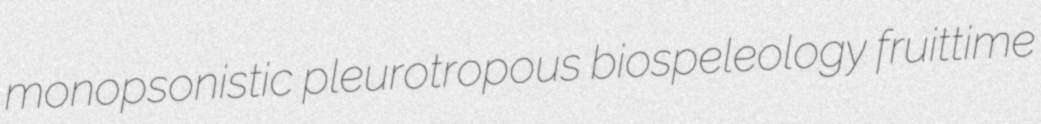
monopsonistic pleurotropous biospeleology fruittime